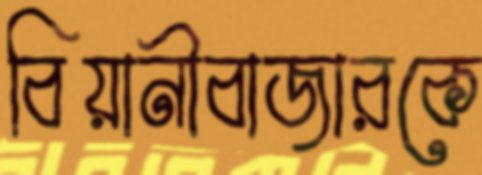
বিয়ানীবাজারকে